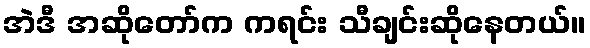
အဲဒီ အဆိုတော်က ကရင်း သီချင်းဆိုနေတယ်။